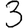
Digit: 3